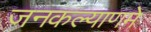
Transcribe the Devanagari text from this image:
जनकल्याणमे